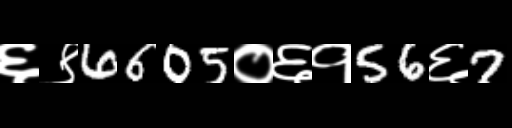
Text: ६९6605०६१56६7